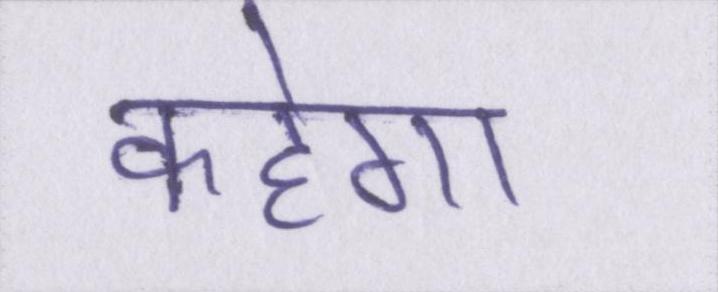
कहेगा